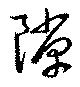
隙